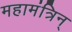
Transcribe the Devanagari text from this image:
महामंत्रिन्‌